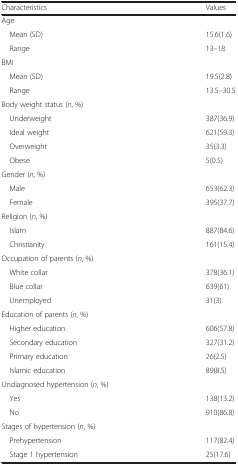
<table><thead><tr><td><b>Characteristics</b></td><td><b>Values</b></td></tr></thead><tbody><tr><td>Age</td><td></td></tr><tr><td> Mean (SD)</td><td>15.6(1.6)</td></tr><tr><td> Range</td><td>13–18</td></tr><tr><td>BMI</td><td></td></tr><tr><td> Mean (SD)</td><td>19.5(2.8)</td></tr><tr><td> Range</td><td>13.5–30.5</td></tr><tr><td>Body weight status (<i>n</i>, %)</td><td></td></tr><tr><td> Underweight</td><td>387(36.9)</td></tr><tr><td> Ideal weight</td><td>621(59.3)</td></tr><tr><td> Overweight</td><td>35(3.3)</td></tr><tr><td> Obese</td><td>5(0.5)</td></tr><tr><td>Gender (<i>n</i>, %)</td><td></td></tr><tr><td> Male</td><td>653(62.3)</td></tr><tr><td> Female</td><td>395(37.7)</td></tr><tr><td>Religion (<i>n</i>, %)</td><td></td></tr><tr><td> Islam</td><td>887(84.6)</td></tr><tr><td> Christianity</td><td>161(15.4)</td></tr><tr><td>Occupation of parents (<i>n</i>, %)</td><td></td></tr><tr><td> White collar</td><td>378(36.1)</td></tr><tr><td> Blue collar</td><td>639(61)</td></tr><tr><td> Unemployed</td><td>31(3)</td></tr><tr><td>Education of parents (<i>n</i>, %)</td><td></td></tr><tr><td> Higher education</td><td>606(57.8)</td></tr><tr><td> Secondary education</td><td>327(31.2)</td></tr><tr><td> Primary education</td><td>26(2.5)</td></tr><tr><td> Islamic education</td><td>89(8.5)</td></tr><tr><td>Undiagnosed hypertension (<i>n</i>, %)</td><td></td></tr><tr><td> Yes</td><td>138(13.2)</td></tr><tr><td> No</td><td>910(86.8)</td></tr><tr><td>Stages of hypertension (<i>n</i>, %)</td><td></td></tr><tr><td> Prehypertension</td><td>117(82.4)</td></tr><tr><td> Stage 1 hypertension</td><td>25(17.6)</td></tr></tbody></table>